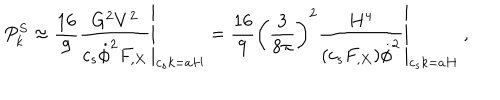
P _ { k } ^ { S } \approx \left. \frac { 1 6 } { 9 } \frac { G ^ { 2 } V ^ { 2 } } { c _ { s } \dot { \phi } ^ { 2 } F _ { , X } } \right| _ { c _ { s } k = a H } = \left. \frac { 1 6 } { 9 } \left( \frac { 3 } { 8 \pi } \right) ^ { 2 } \frac { H ^ { 4 } } { ( c _ { s } F _ { , X } ) \dot { \phi } ^ { 2 } } \right| _ { c _ { s } k = a H } ~ ,